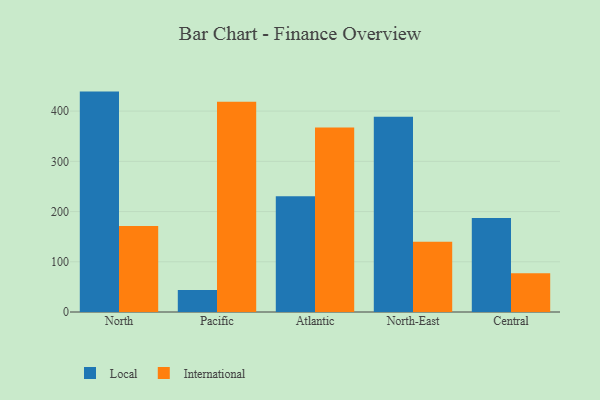
{"axis": {"x": "Region", "y": "Population (Million)"}, "legend": ["International", "Local"], "data": [{"x": "North", "y": 438.8, "type": "Local"}, {"x": "North", "y": 171.0, "type": "International"}, {"x": "Pacific", "y": 44.0, "type": "Local"}, {"x": "Pacific", "y": 418.6, "type": "International"}, {"x": "Atlantic", "y": 230.3, "type": "Local"}, {"x": "Atlantic", "y": 367.3, "type": "International"}, {"x": "North-East", "y": 388.6, "type": "Local"}, {"x": "North-East", "y": 140.0, "type": "International"}, {"x": "Central", "y": 187.3, "type": "Local"}, {"x": "Central", "y": 77.2, "type": "International"}]}